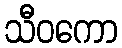
သီဝကော